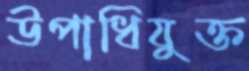
উপাধিযুক্ত